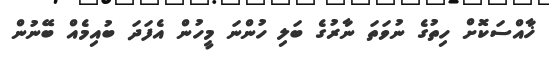
ޚާއްސަކޮށް ހިތުގެ ނުވަތަ ނާރުގެ ބަލި ހުންނަ މީހުން އެފަދަ ބުއިމެއް ބޭނުން